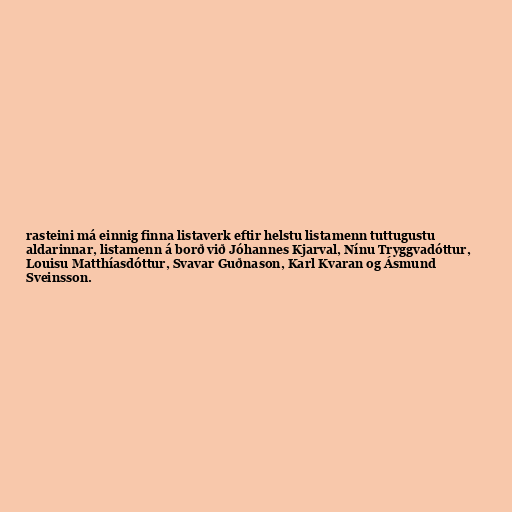
rasteini má einnig finna listaverk eftir helstu listamenn tuttugustu
aldarinnar, listamenn á borð við Jóhannes Kjarval, Nínu Tryggvadóttur,
Louisu Matthíasdóttur, Svavar Guðnason, Karl Kvaran og Ásmund
Sveinsson.